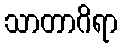
သာတာဂိရာ